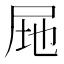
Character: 𭕚